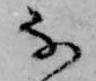
な